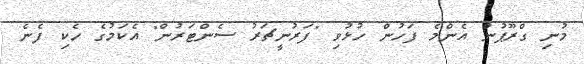
މުނި ގްރޫޕުން އެންމެ ފަހުން ހުޅުވި "ފަރުނީޗަރު ސެންޓަރުން" އެކަމުގެ ހެކި ފެނެ